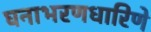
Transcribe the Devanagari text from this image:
घनाभरणधारिणे